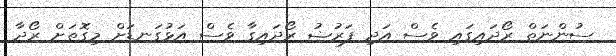
ސުންނަތް ރޯދައިގައި ވެސް އަދި ފަރުޟު ރޯދައިގާ ވެސް އަޅުގަނޑަށް މިގޮތަށް ރޯދާ